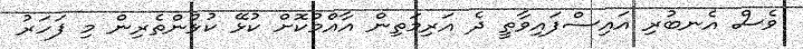
ވެސް އެނބުރި އައިސްފައިވާތީ ދެ އަރިމަތިން އާއްމުކޮށް ކުޅޭ ކުޅުންތެރިން މި ފަހަރު